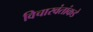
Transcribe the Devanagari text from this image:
विचारवंतांकडे